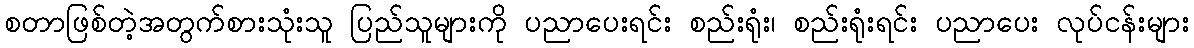
စတာဖြစ်တဲ့အတွက်စားသုံးသူ ပြည်သူများကို ပညာပေးရင်း စည်းရုံး၊ စည်းရုံးရင်း ပညာပေး လုပ်ငန်းများ